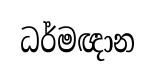
ධර්මඥාන